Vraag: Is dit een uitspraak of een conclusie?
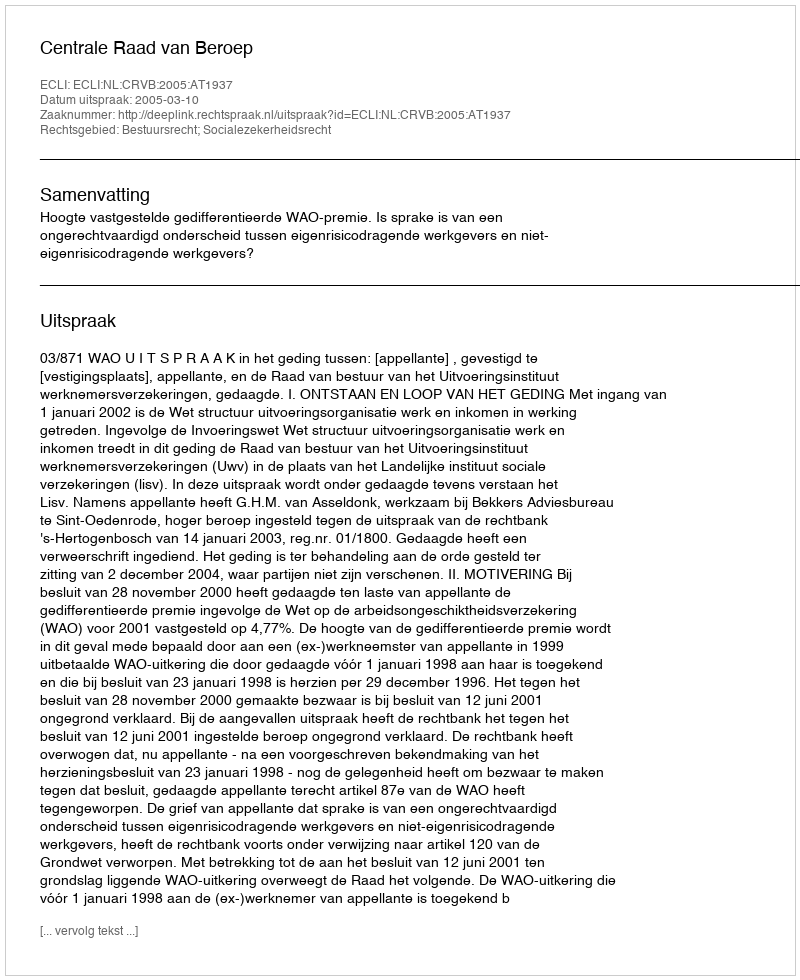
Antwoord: Uitspraak